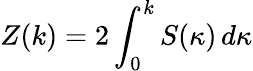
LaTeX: Z(k)=2\int_{0}^{k}S(\kappa)\, d\kappa